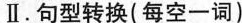
Ⅱ.句型转换(每空一词)